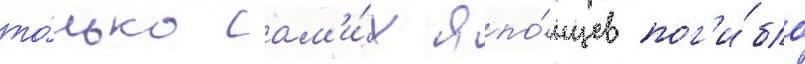
то́лько сам'и́х япо́нцев пог'и́бло